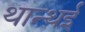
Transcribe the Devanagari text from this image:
थान्थई